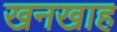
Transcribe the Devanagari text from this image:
खनखाह